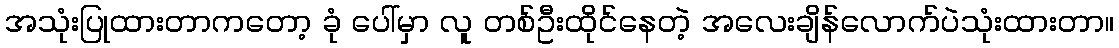
အသုံးပြုထားတာကတော့ ခုံ ပေါ်မှာ လူ တစ်ဦးထိုင်နေတဲ့ အလေးချိန်လောက်ပဲသုံးထားတာ။